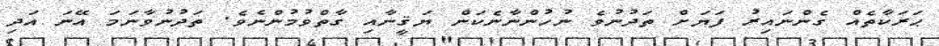
ޙަރަކާތެއް ގެންނައިރު ފަޔަށް ތަދުނުވެ ނުހުންނާނެކަން ޔަޤީނާއި ގާތްވުމުންނެވެ. ތަދުނުވާނަމަ އޭނަ އަދި